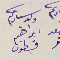
ولد سيادتكم ابراهيم قسطون